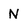
Character: N